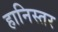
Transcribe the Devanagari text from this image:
हानिस्तर